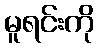
မူရင်းကို